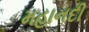
મહાનદી